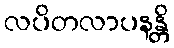
လပိတလာပနန္တိ